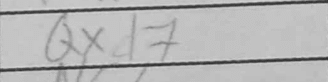
Transcription: Qxd7